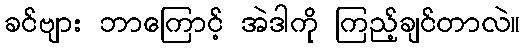
ခင်ဗျား ဘာကြောင့် အဲဒါကို ကြည့်ချင်တာလဲ။